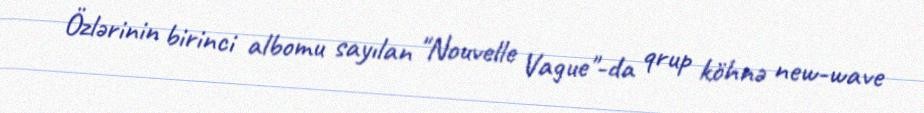
Özlərinin birinci albomu sayılan "Nouvelle Vague"-da qrup köhnə new-wave